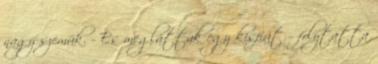
nagy szemük. – És megláttak egy kisfiút – folytatta